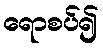
ရောစပ်၍